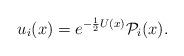
LaTeX: \begin{align*}u_i(x)=e^{-{1\over 2}U(x)}{\cal P}_i(x).\end{align*}